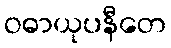
ဝဓာယုပနီတေ